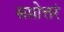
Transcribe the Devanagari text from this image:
सप्तोत्तरं